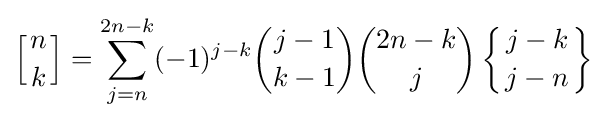
\left[{n \atop k}\right]=\sum _{j=n}^{2n-k}(-1)^{j-k}{\binom {j-1}{k-1}}{\binom {2n-k}{j}}\left\{{j-k \atop j-n}\right\}